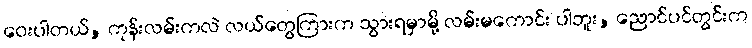
ဝေးပါတယ်, ကုန်းလမ်းကလဲ လယ်တွေကြားက သွားရမှာမို့ လမ်းမကောင်း ပါဘူး, ညောင်ပင်တွင်းက